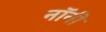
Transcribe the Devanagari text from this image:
नॉनी